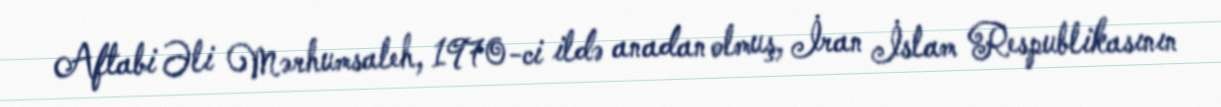
Aftabi Əli Mərhumsaleh, 1970-ci ildə anadan olmuş, İran İslam Respublikasının